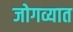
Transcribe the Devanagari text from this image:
जोगव्यात